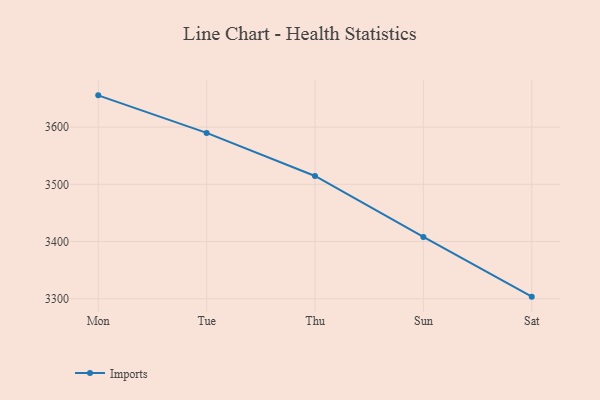
{"axis": {"x": "Day", "y": "Production Output"}, "legend": ["Imports"], "data": [{"x": "Mon", "y": 3655.4, "type": "Imports"}, {"x": "Tue", "y": 3589.8, "type": "Imports"}, {"x": "Thu", "y": 3514.5, "type": "Imports"}, {"x": "Sun", "y": 3408.1, "type": "Imports"}, {"x": "Sat", "y": 3303.7, "type": "Imports"}]}